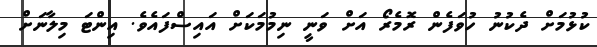
ކުޅުމަށް ދެކުނު ހުވަފެން ރޮމެރޯ އަށް ވަނީ ނިމުމަކަށް އައިސްފައެވެ. އިންޓަ މިލާނަށް